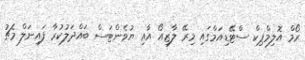
ރޯމް އޮލިމްޕިކް ސްޓޭޑިއަމްގައި މިރޭ ލާޒިއޯ އާއި ޔުވެންޓަސް ބައްދަލުކުރާ ފައިނަލް މެޗު